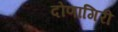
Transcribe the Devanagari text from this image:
दोणागिरी